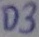
Text: D3